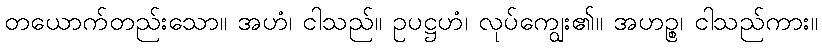
တယောက်တည်းသော။ အဟံ၊ ငါသည်။ ဥပဋ္ဌဟံ၊ လုပ်ကျွေး၏။ အဟဉ္စ၊ ငါသည်ကား။